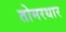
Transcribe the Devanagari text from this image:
तोमरधार